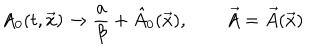
LaTeX: A _ { 0 } ( t , \vec { x } ) \rightarrow { \frac { a } { \beta } } + \hat { A } _ { 0 } ( \vec { x } ) , \qquad \vec { A } = \vec { A } ( \vec { x } )